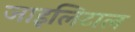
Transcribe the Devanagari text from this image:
जाइलिटाल